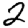
Digit: 2